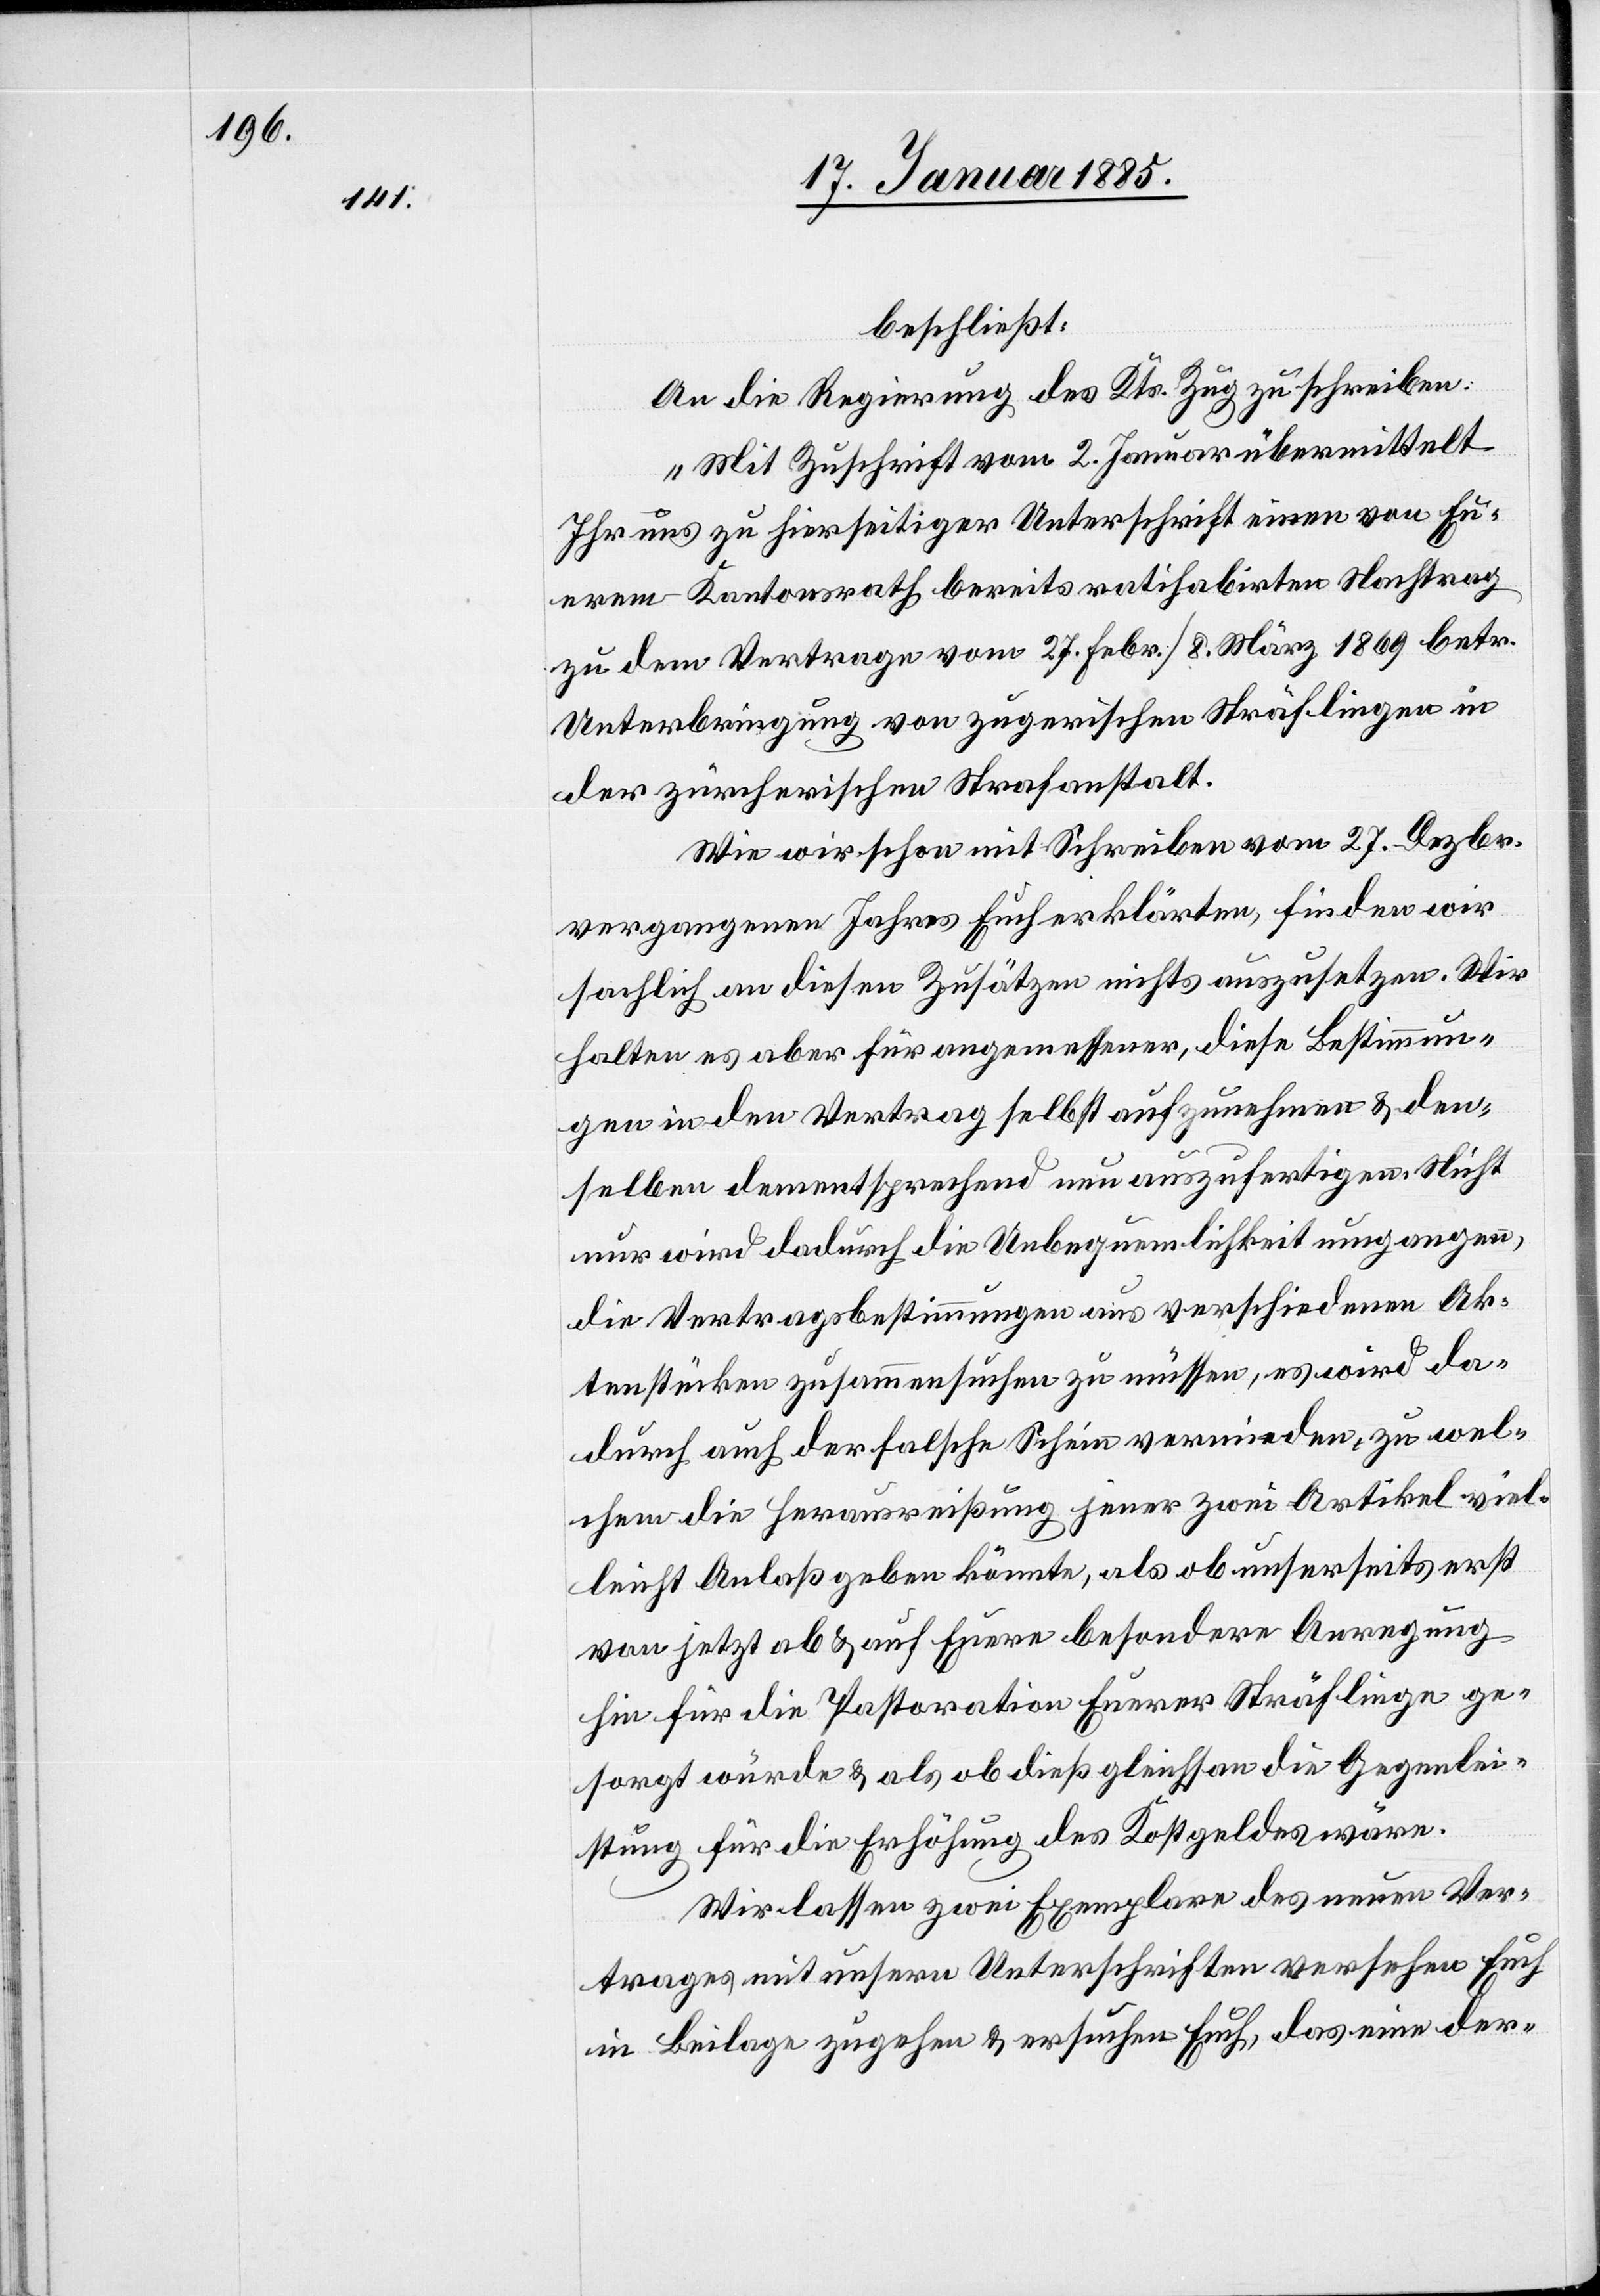
beschließt:
An die Regierung des Kts. Zug zu schreiben:
„Mit Zuschrift vom 2. Januar übermittelt
Ihr uns zu hierseitiger Unterschrift einen von Eu¬
erem Kantonsrath bereits ratihabirten Nachtrag
zu dem Vertrage vom 27. Febr./8. März 1869 betr.
Unterbringung von zugerischen Sträflingen in
der zürcherischen Strafanstalt.
Wie wir schon mit Schreiben vom 27. Dezbr.
vergangenen Jahres Euch erklärten, finden wir
sachlich an diesen Zusätzen nichts auszusetzen. Wir
halten es aber für angemessener, diese Bestimmun¬
gen in den Vertrag selbst aufzunehmen & den¬
selben dementsprechend neu auszufertigen. Nicht
nur wird dadurch die Unbequemlichkeit umgangen,
die Vertragsbestimmungen aus verschiedenen Ak¬
tenstücken zusammensuchen zu müssen, es wird da¬
durch auch der falsche Schein vermieden, zu wel¬
chem die Herausreißung jener zwei Artikel viel¬
leicht Anlaß geben könnte, als ob unserseits erst
von jetzt ab & auf Euere besondere Anregung
hin für die Pastoration Euerer Sträflinge ge¬
sorgt würde & als ob dieß gleichsam die Gegenlei¬
stung für die Erhöhung des Kostgeldes wäre.
Wir lassen zwei Exemplare des neuen Ver¬
trages mit unsern Unterschriften versehen Euch
in Beilage zugehen & ersuchen Euch, das eine der-